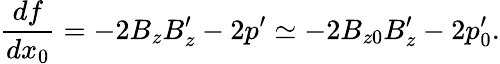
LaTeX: \frac{df}{dx_{0}}=-2B_{z}B_{z}^{\prime}-2p^{\prime}\simeq-2B_{z0}B_{z}^{\prime}-2p_{0}^{\prime}.